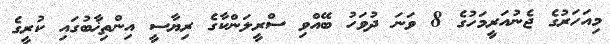
މިއަހަރުގެ ޖެނުއަރީމަހުގެ 8 ވަނަ ދުވަހު ބޭއްވި ސްރީލަންކާގެ ރިޔާސީ އިންތިޚާބުގައި ކުރީގެ